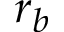
r _ { b }